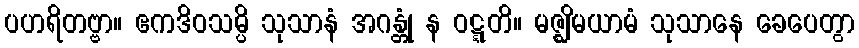
ပဟရိတဗ္ဗာ။ ဧကဒိဝသမ္ပိ သုသာနံ အဂန္တုံ န ဝဋ္ဋတိ။ မဇ္ဈိမယာမံ သုသာနေ ခေပေတွာ